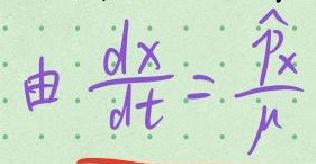
由$\frac{dx}{dt}=\frac{\hat{p}_x}{\mu}$